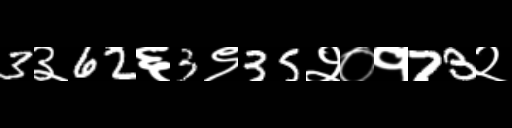
Text: 3३62६3९35२०१73२